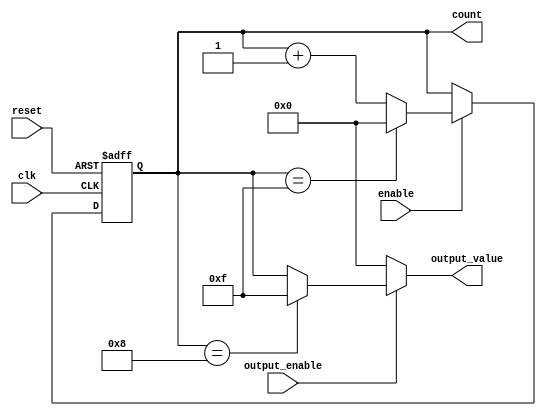
module synchronous_counter (
    input wire clk,           // Clock input
    input wire reset,         // Asynchronous reset input
    input wire enable,        // Enable input for counting
    input wire output_enable,  // Output enable signal
    output reg [3:0] count,   // 4-bit counter output
    output reg [3:0] output_value // Output value based on conditions
);

// Maximum count value
parameter MAX_COUNT = 4'b1111; // 15 in decimal

// Always block for synchronous counter operation
always @(posedge clk or posedge reset) begin
    if (reset) begin
        count <= 4'b0000; // Reset counter to 0
    end else if (enable) begin
        if (count == MAX_COUNT) begin
            count <= 4'b0000; // Wrap around to 0
        end else begin
            count <= count + 1; // Increment counter
        end
    end
end

// Output control logic
always @(*) begin
    if (output_enable) begin
        // Conditional output logic
        if (count == 4'b1000) begin
            output_value = 4'b1111; // Output a specific value when count is 8
        end else begin
            output_value = count; // Output the current count value
        end
    end else begin
        output_value = 4'b0000; // Output is zero when output_enable is low
    end
end

endmodule